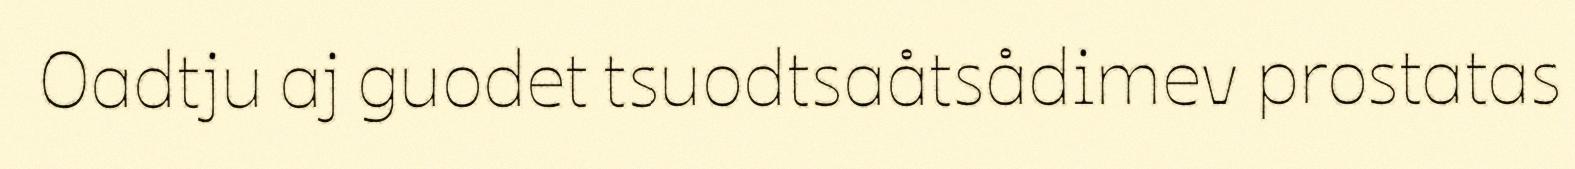
Oadtju aj guodet tsuodtsaåtsådimev prostatas